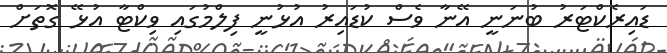
ޑައިރެކްޓަރު ބުނަނީ އޭނާ ވެސް ކުޑައިރު އުޅުނީ ފިލްމުގައި ވިކްޓާ އުޅޭ ގޮތަށް